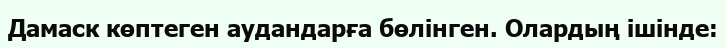
Дамаск көптеген аудандарға бөлінген. Олардың ішінде: